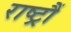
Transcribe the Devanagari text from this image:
राष्ट्रौं